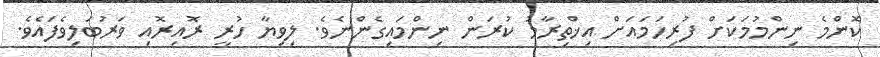
ކޮންމެ ނިންމުމަކަށް ފުރިހަމައަށް އިޚްތިރާމު ކުރަން ނިންމައިގެންނެވެ. ލިވިޔާ ހުރީ ރޮއިރޮއި ވަރުބަލިވެފައެވެ.